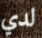
لدي